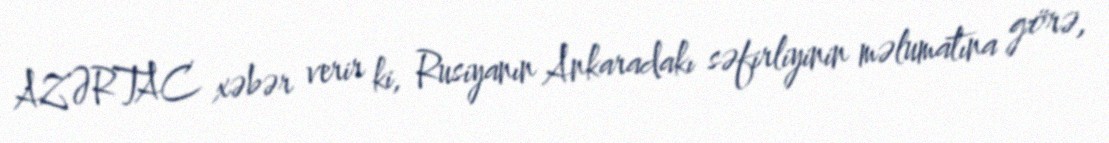
AZƏRTAC xəbər verir ki, Rusiyanın Ankaradakı səfirliyinin məlumatına görə,